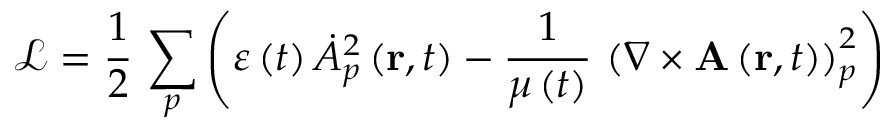
\mathcal { L } = \frac { 1 } { 2 } \, \sum _ { p } \left( \varepsilon \left( t \right) \dot { A } _ { p } ^ { 2 } \left( \mathbf { r } , t \right) - \frac { 1 } { \mu \left( t \right) } \, \left( \nabla \times \mathbf { A } \left( \mathbf { r } , t \right) \right) _ { p } ^ { 2 } \right)